Annual administration report of the Civil Veterinary Department of India - 1894-1895
Year: 1894
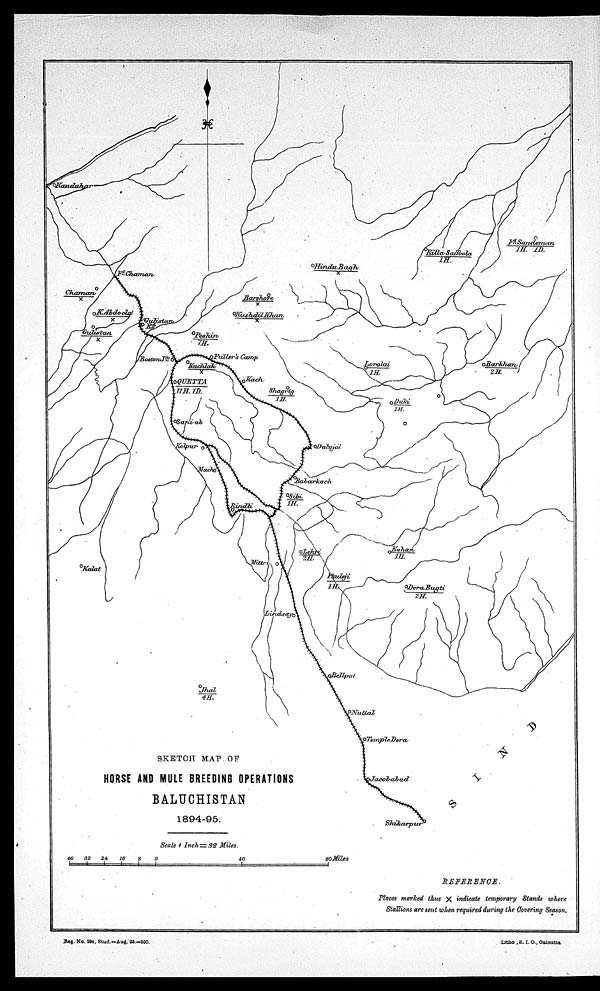
Reg. No. 294, Stud.—Aug. 95.—300.
Litho , S. I. O., Galoutta